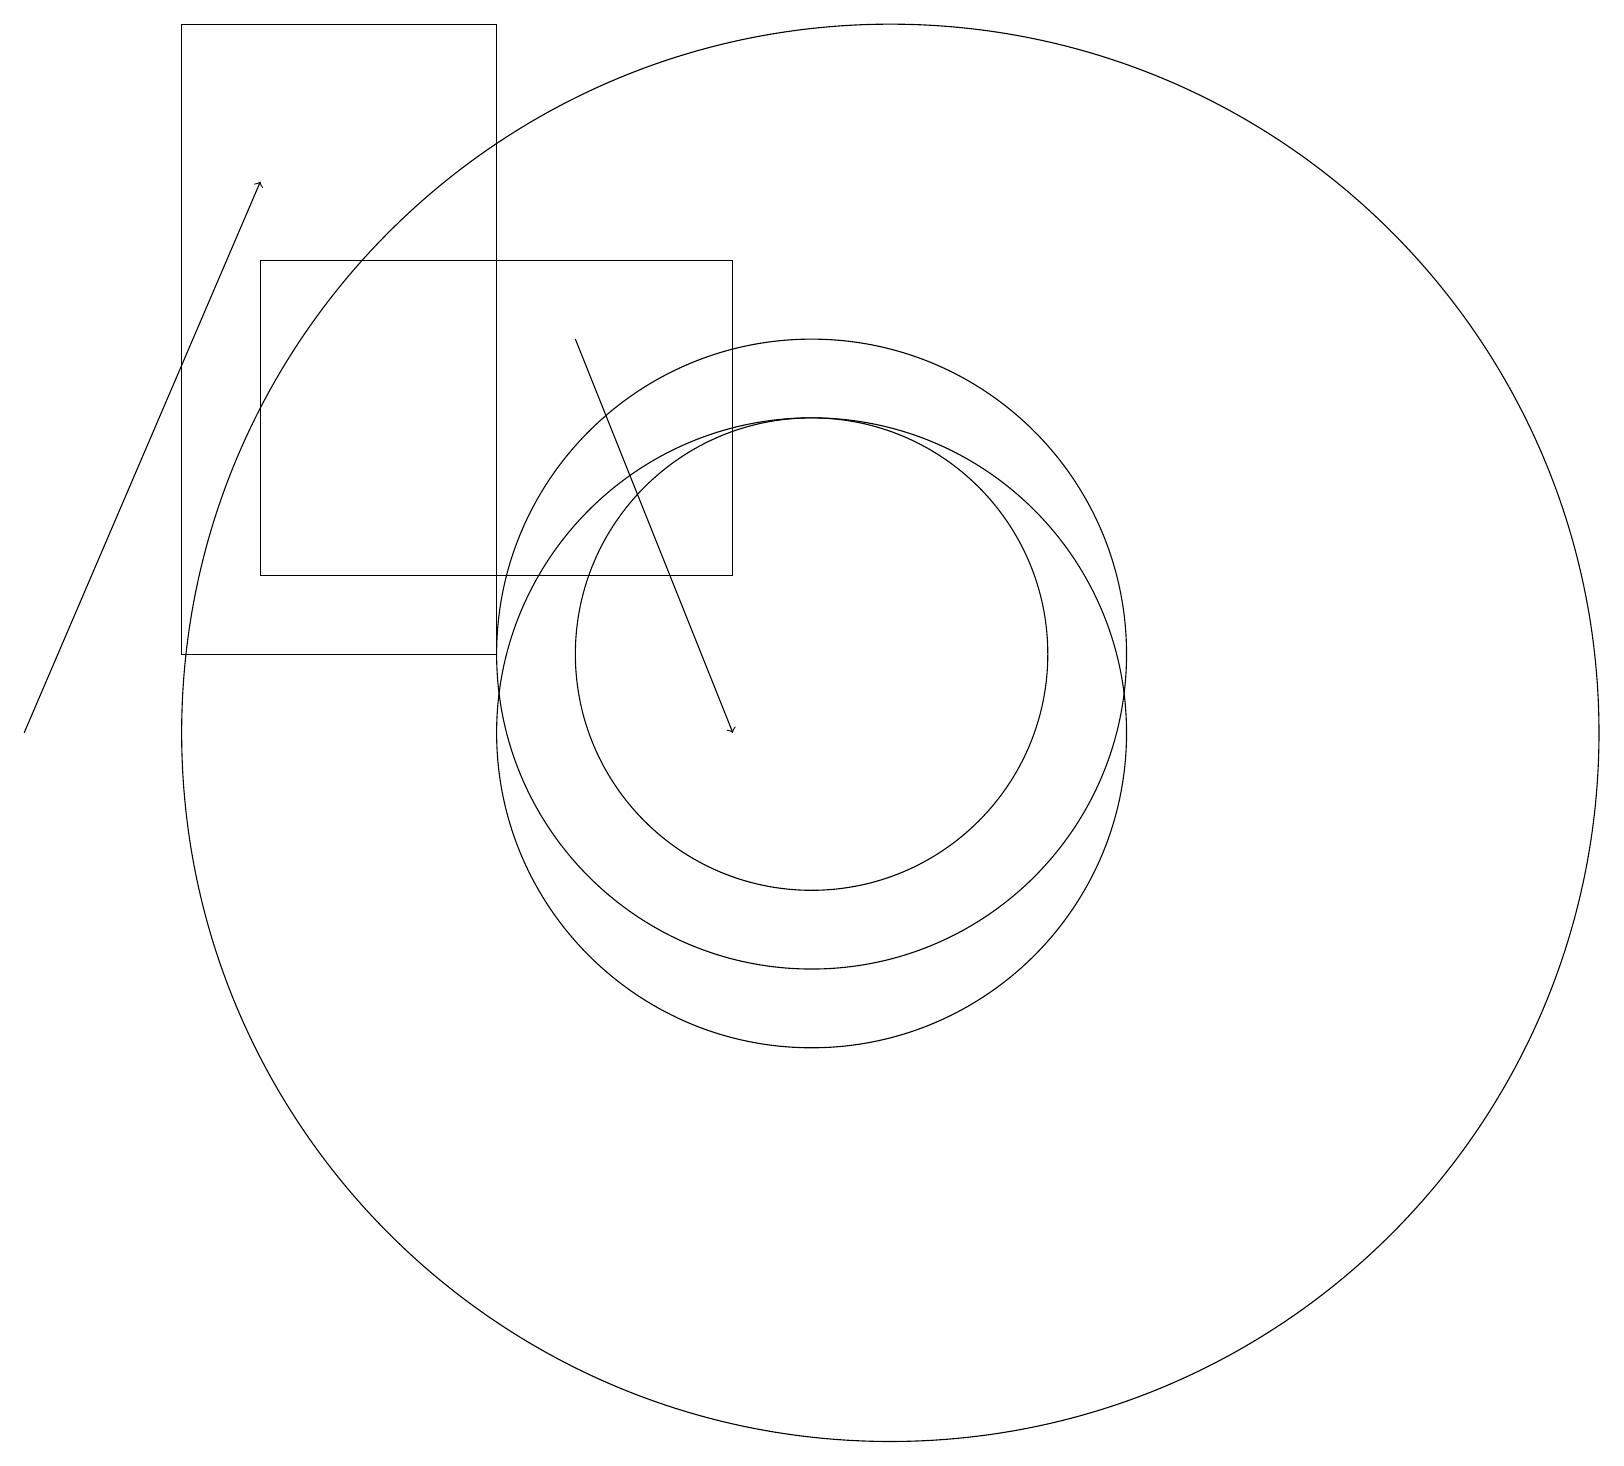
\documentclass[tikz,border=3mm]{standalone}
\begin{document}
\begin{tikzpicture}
\draw[->] (0,10) -- (3,17);
\draw (11,10) circle (9);
\draw (10,11) circle (3);
\draw (9,12) rectangle (3,16);
\draw (10,11) circle (4);
\draw (2,11) rectangle (6,19);
\draw[->] (7,15) -- (9,10);
\draw (10,10) circle (4);
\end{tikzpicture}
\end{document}